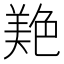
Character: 𦫧